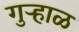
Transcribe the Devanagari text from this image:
गुऱ्हाळ